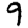
Digit: 9